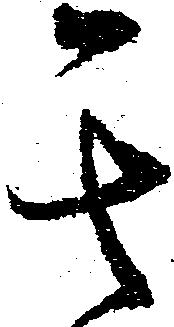
其